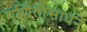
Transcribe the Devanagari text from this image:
गणितीसाधने